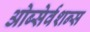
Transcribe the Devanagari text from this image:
ओब्सेर्वशन्स